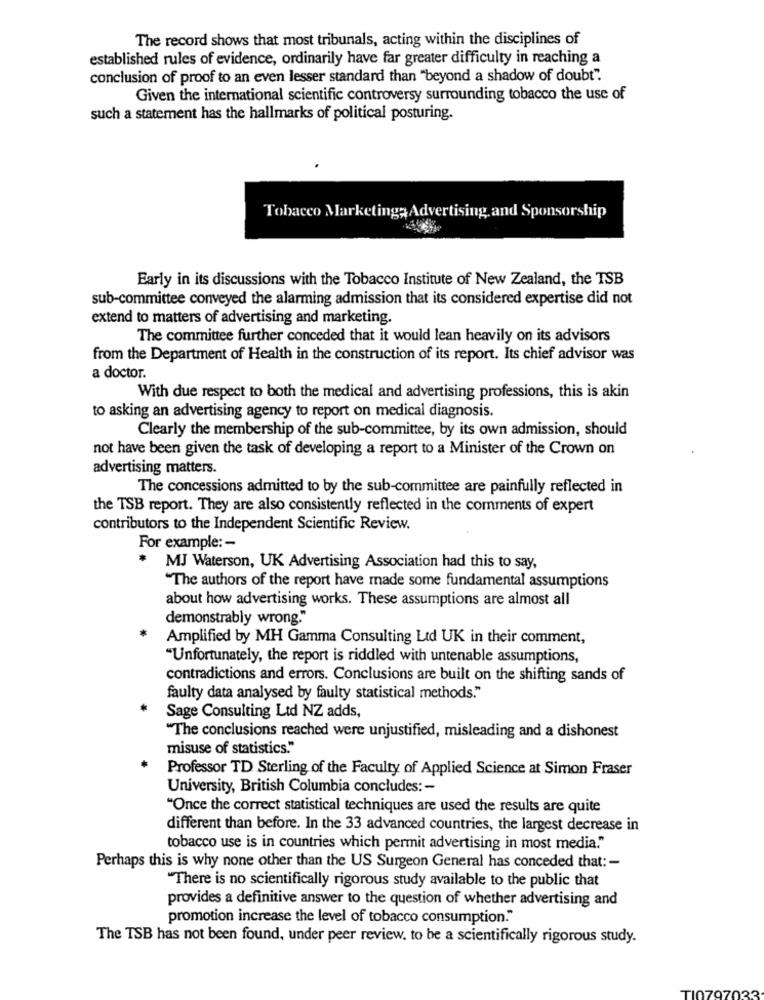
The record shows that most tribunals, acting within the disciplines of
established rules of evidence, ordinarily have far greater difficulty in reaching a
conclusion of proof to an even lesser standard than "beyond a shadow of doubt".
Given the international scientific controversy surrounding tobacco the use of
such a statement has the hallmarks of political posturing.
Tobacco Marketinga Advertising and Sponsorship
Early in its discussions with the Tobacco Institute of New Zealand, the TSB
sub-committee conveyed the alarming admission that its considered expertise did not
extend to matters of advertising and marketing.
The committee further conceded that it would lean heavily on its advisors
from the Department of Health in the construction of its report. Its chief advisor was
a doctor.
With due respect to both the medical and advertising professions, this is akin
to asking an advertising agency to report on medical diagnosis.
Clearly the membership of the sub-committee, by its own admission, should
not have been given the task of developing a report to a Minister of the Crown on
advertising matters.
The concessions admitted to by the sub-committee are painfully reflected in
the TSB report. They are also consistently reflected in the comments of expert
contributors to the Independent Scientific Review.
For example: -
MJ Waterson, UK Advertising Association had this to say,
"The authors of the report have made some fundamental assumptions
about how advertising works. These assumptions are almost all
demonstrably wrong."
Amplified by MH Gamma Consulting Ltd UK in their comment,
"Unfortunately, the report is riddled with untenable assumptions,
contradictions and errors. Conclusions are built on the shifting sands of
faulty data analysed by faulty statistical methods."
Sage Consulting Ltd NZ adds,
"The conclusions reached were unjustified, misleading and a dishonest
misuse of statistics."
Professor TD Sterling of the Faculty of Applied Science at Simon Fraser
University, British Columbia concludes :-
"Once the correct statistical techniques are used the results are quite
different than before. In the 33 advanced countries, the largest decrease in
tobacco use is in countries which permit advertising in most media."
Perhaps this is why none other than the US Surgeon General has conceded that: -
"There is no scientifically rigorous study available to the public that
provides a definitive answer to the question of whether advertising and
promotion increase the level of tobacco consumption."
The TSB has not been found, under peer review, to be a scientifically rigorous study.
TI0797
033